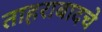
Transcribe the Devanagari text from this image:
ताहराबादचे